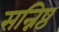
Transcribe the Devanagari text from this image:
सन्निष्ठ